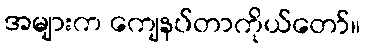
အများက ကျေနပ်တာကိုယ်တော်။